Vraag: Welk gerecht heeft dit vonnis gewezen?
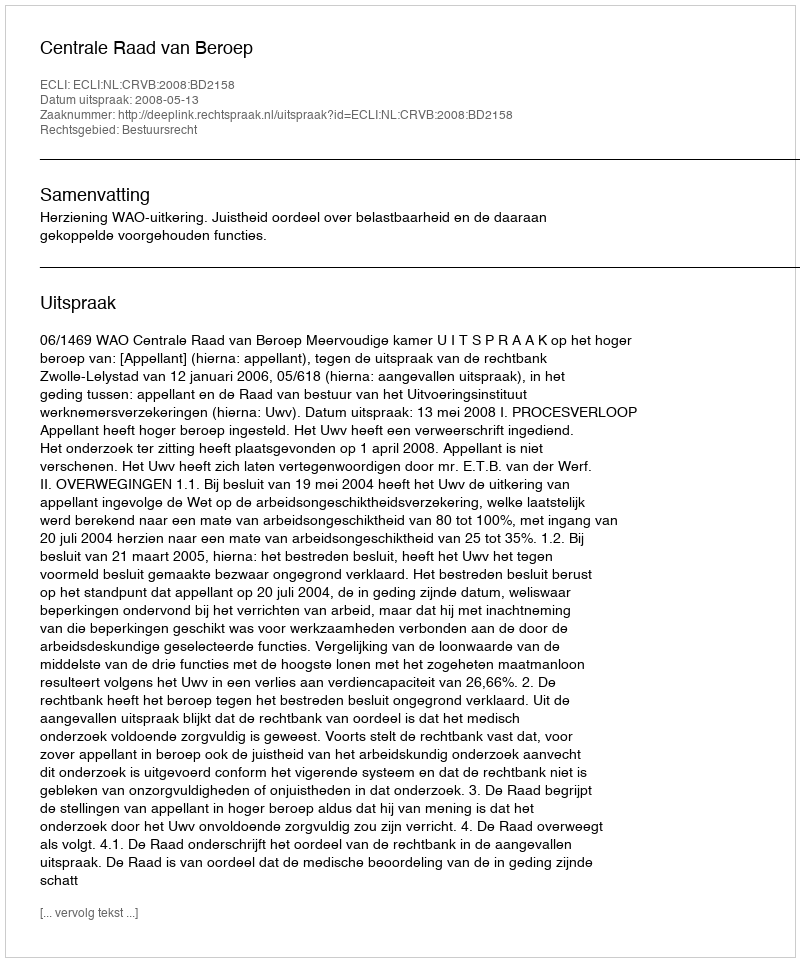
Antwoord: Centrale Raad van Beroep